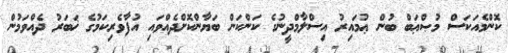
ކޮންމެއަކަސް މުޞްޢަބް ބުން ޢުމައިރު އިސްލާމްދީނުގެ ކަންކަން ބަޔާންކޮށްދެއްވައި އުފާވެރިކަމުގެ ޚަބަރު ދެއްވަމުން